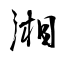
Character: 湘